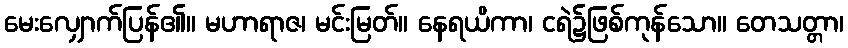
မေးလျှောက်ပြန်၏။ မဟာရာဇ၊ မင်းမြတ်။ နေရယိကာ၊ ငရဲ၌ဖြစ်ကုန်သော။ တေသတ္တာ၊